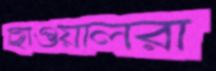
ছাওয়ালরা